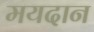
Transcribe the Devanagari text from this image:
मयदान